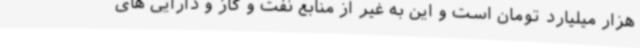
هزار میلیارد تومان است و این به غیر از منابع نفت و گاز و دارایی های